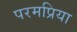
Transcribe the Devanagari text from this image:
परमप्रिया